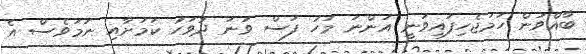
ބާއްވަން ހަމަޖެހިފައިވަނީ އަންނަ މަހު ފަސް ވަނަ ދުވަހު ކަމަށާއި ނަމަވެސް އެ